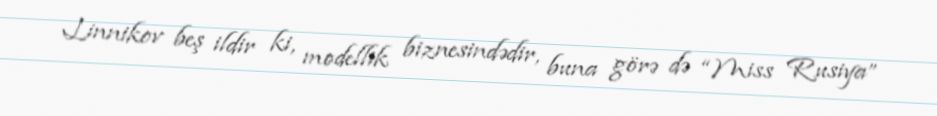
Linnikov beş ildir ki, modellik biznesindədir, buna görə də “Miss Rusiya”